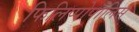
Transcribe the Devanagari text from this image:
फिलिप्पोपोलिस